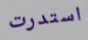
استدرت